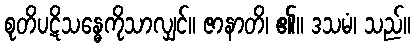
စုတိပဋိသန္ဓေကိုသာလျှင်။ ဇာနာတိ၊ ၏။ ဒသမံ၊ သည်။